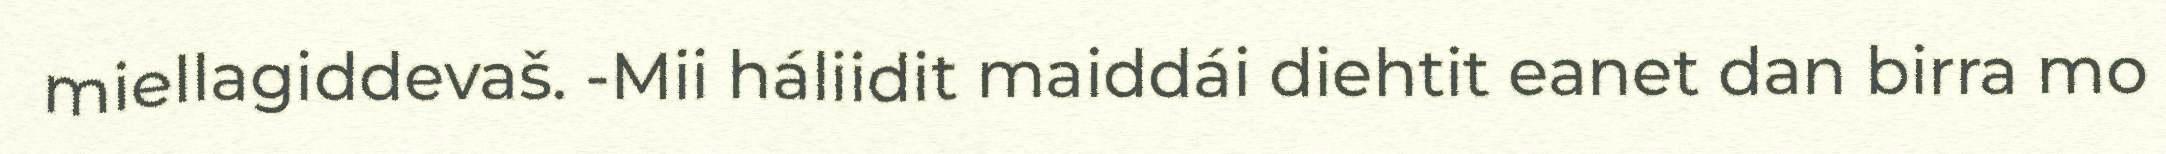
miellagiddevaš. -Mii háliidit maiddái diehtit eanet dan birra mo